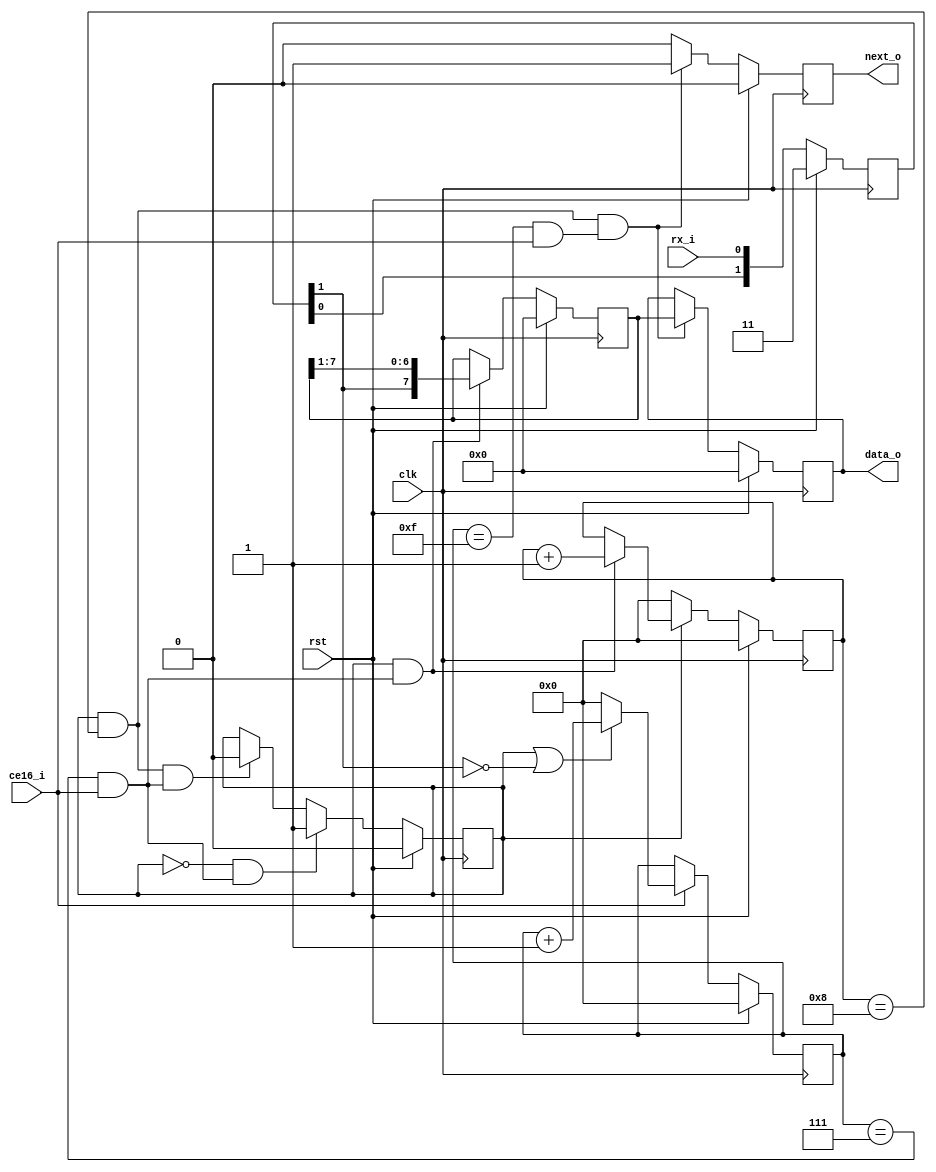

module rx (
    input  wire       clk,     // global clock input
    input  wire       rst,     // global reset input

    input  wire       ce16_i,  // baud rate multiplyed by 16 - generated by baud module
    input  wire       rx_i,    // serial data input
    output reg  [7:0] data_o,  // data byte received
    output reg        next_o   // signs that a new byte was received
);

    // internal registers
    reg [3:0] cnt;
    reg [1:0] sync;
    reg       rx_busy;
    reg [3:0] bit_cnt;
    reg [7:0] data_buf;

    // clk enable at bit rate
    // ce1 pulse indicating expected end of current bit
    wire ce1     = (cnt == 4'b1111) & ce16_i;
    // clk enable at the middle of each bit - used to sample data
    // ce1_mid pulse indication the sampling clk cycle of the current data bit
    wire ce1_mid = (cnt == 4'b0111) & ce16_i;

    // module implementation
    // input async input is sampled twice
    always @( posedge clk ) begin
        if ( rst ) begin
            sync <= 2'b11;
        end
        else begin
            sync <= {sync[0], rx_i};
        end
    end

    // a counter to count 16 pulses of ce16_i to generate the ce1 and ce1_mid pulses.
    // this counter is used to detect the start bit while the receiver is not receiving and
    // signs the sampling cycle during reception.
    always @( posedge clk ) begin
        if ( rst ) begin
            cnt <= 4'b0;
        end
        else if ( ce16_i ) begin
            if ( rx_busy | (sync[1] == 1'b0) ) begin
                cnt <= cnt + 4'b1;
            end
            else begin
                cnt <= 4'b0;
            end
        end
    end

    // receiving busy flag
    always @ ( posedge clk ) begin
        if ( rst ) begin
            rx_busy <= 1'b0;
        end
        else if ( ~rx_busy & ce1_mid ) begin
            rx_busy <= 1'b1;
        end
        else if ( rx_busy & (bit_cnt == 4'h8) & ce1_mid ) begin
            rx_busy <= 1'b0;
        end
    end

    // bit counter
    always @ ( posedge clk ) begin
        if ( rst ) begin
            bit_cnt <= 4'h0;
        end
        else if ( ~rx_busy ) begin
            bit_cnt <= 4'h0;
        end
        else if ( rx_busy & ce1_mid ) begin
            bit_cnt <= bit_cnt + 4'h1;
        end
    end

    // data buffer shift register
    always @ ( posedge clk ) begin
        if ( rst ) begin
            data_buf <= 8'h0;
        end
        else if ( rx_busy & ce1_mid ) begin
            data_buf <= {sync[1], data_buf[7:1]};
        end
    end

    // data output and flag
    always @ ( posedge clk ) begin
        if ( rst ) begin
            data_o <= 8'h0;
            next_o <= 1'b0;
        end
        else if ( rx_busy & (bit_cnt == 4'h8) & ce1 ) begin
            data_o <= data_buf;
            next_o <= 1'b1;
        end
        else begin
            next_o <= 1'b0;
        end
    end

endmodule